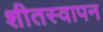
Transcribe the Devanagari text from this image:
शीतस्वापन